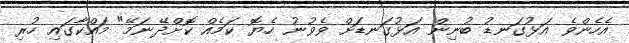
އެހެންވެ އަޅުގަނޑު ބުނިން އަޅުގަނޑަށް ވެވުނު ހެޔޮ ކަމެއް ކޮށްދޭނަމޭ" މައްކާގައި ހުރި